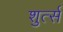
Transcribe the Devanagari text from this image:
शुर्त्स